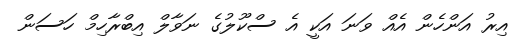
އިރު އަންހެން އެއް ވަނަ އަކީ އެ ސްކޫލުގެ ނަވާލް އިބްރާހިމް ހަސަން